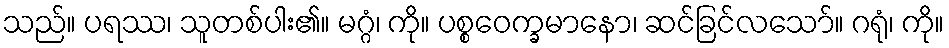
သည်။ ပရဿ၊ သူတစ်ပါး၏။ မဂ္ဂံ၊ ကို။ ပစ္စဝေက္ခမာနော၊ ဆင်ခြင်လသော်။ ဂရုံ၊ ကို။